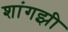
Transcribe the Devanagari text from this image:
शांगझी